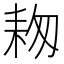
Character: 𦓭